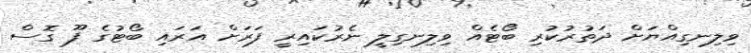
ވިލިނގިއްޔަށް ދަތުރުކުރި ބޯޓެއް ވިލިނގިލީ ނެރުކައިރީ ފަރަށް އަރައި ބޯޓުގެ ފޫ ގޮސް